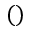
( )